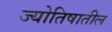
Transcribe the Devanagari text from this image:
ज्योतिषातील